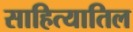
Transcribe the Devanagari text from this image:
साहित्यातिल